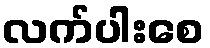
လက်ပါးစေ